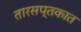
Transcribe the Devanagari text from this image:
तारसप्तकात